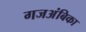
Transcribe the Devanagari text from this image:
गजअंबिका